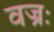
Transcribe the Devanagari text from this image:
वज्रः